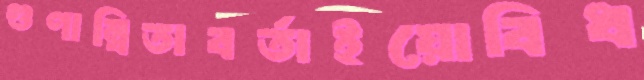
গুণান্বিতাবর্তাইয়োবিধ